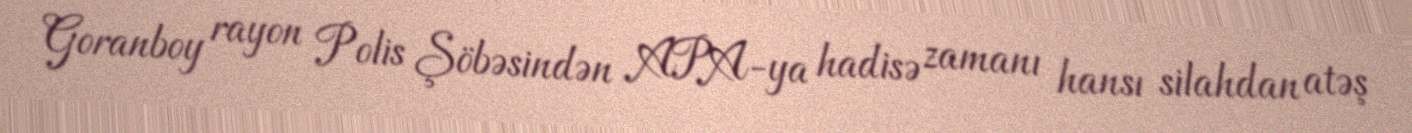
Goranboy rayon Polis Şöbəsindən APA-ya hadisə zamanı hansı silahdan atəş